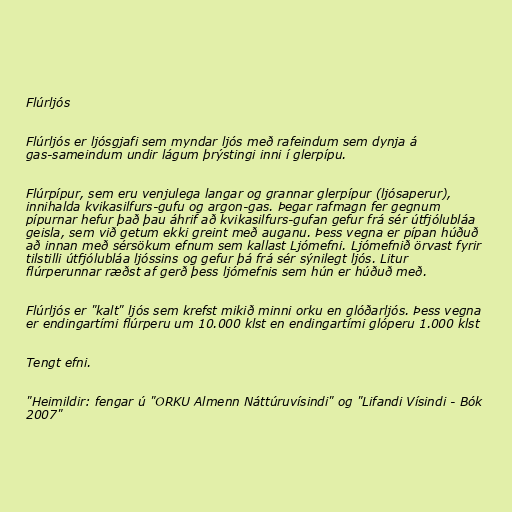
Flúrljós

Flúrljós er ljósgjafi sem myndar ljós með rafeindum sem dynja á
gas-sameindum undir lágum þrýstingi inni í glerpípu.

Flúrpípur, sem eru venjulega langar og grannar glerpípur (ljósaperur),
innihalda kvikasilfurs-gufu og argon-gas. Þegar rafmagn fer gegnum
pípurnar hefur það þau áhrif að kvikasilfurs-gufan gefur frá sér útfjólubláa
geisla, sem við getum ekki greint með auganu. Þess vegna er pípan húðuð
að innan með sérsökum efnum sem kallast Ljómefni. Ljómefnið örvast fyrir
tilstilli útfjólubláa ljóssins og gefur þá frá sér sýnilegt ljós. Litur
flúrperunnar ræðst af gerð þess ljómefnis sem hún er húðuð með.

Flúrljós er "kalt" ljós sem krefst mikið minni orku en glóðarljós. Þess vegna
er endingartími flúrperu um 10.000 klst en endingartími glóperu 1.000 klst

Tengt efni.

"Heimildir: fengar ú "ORKU Almenn Náttúruvísindi" og "Lifandi Vísindi - Bók
2007"